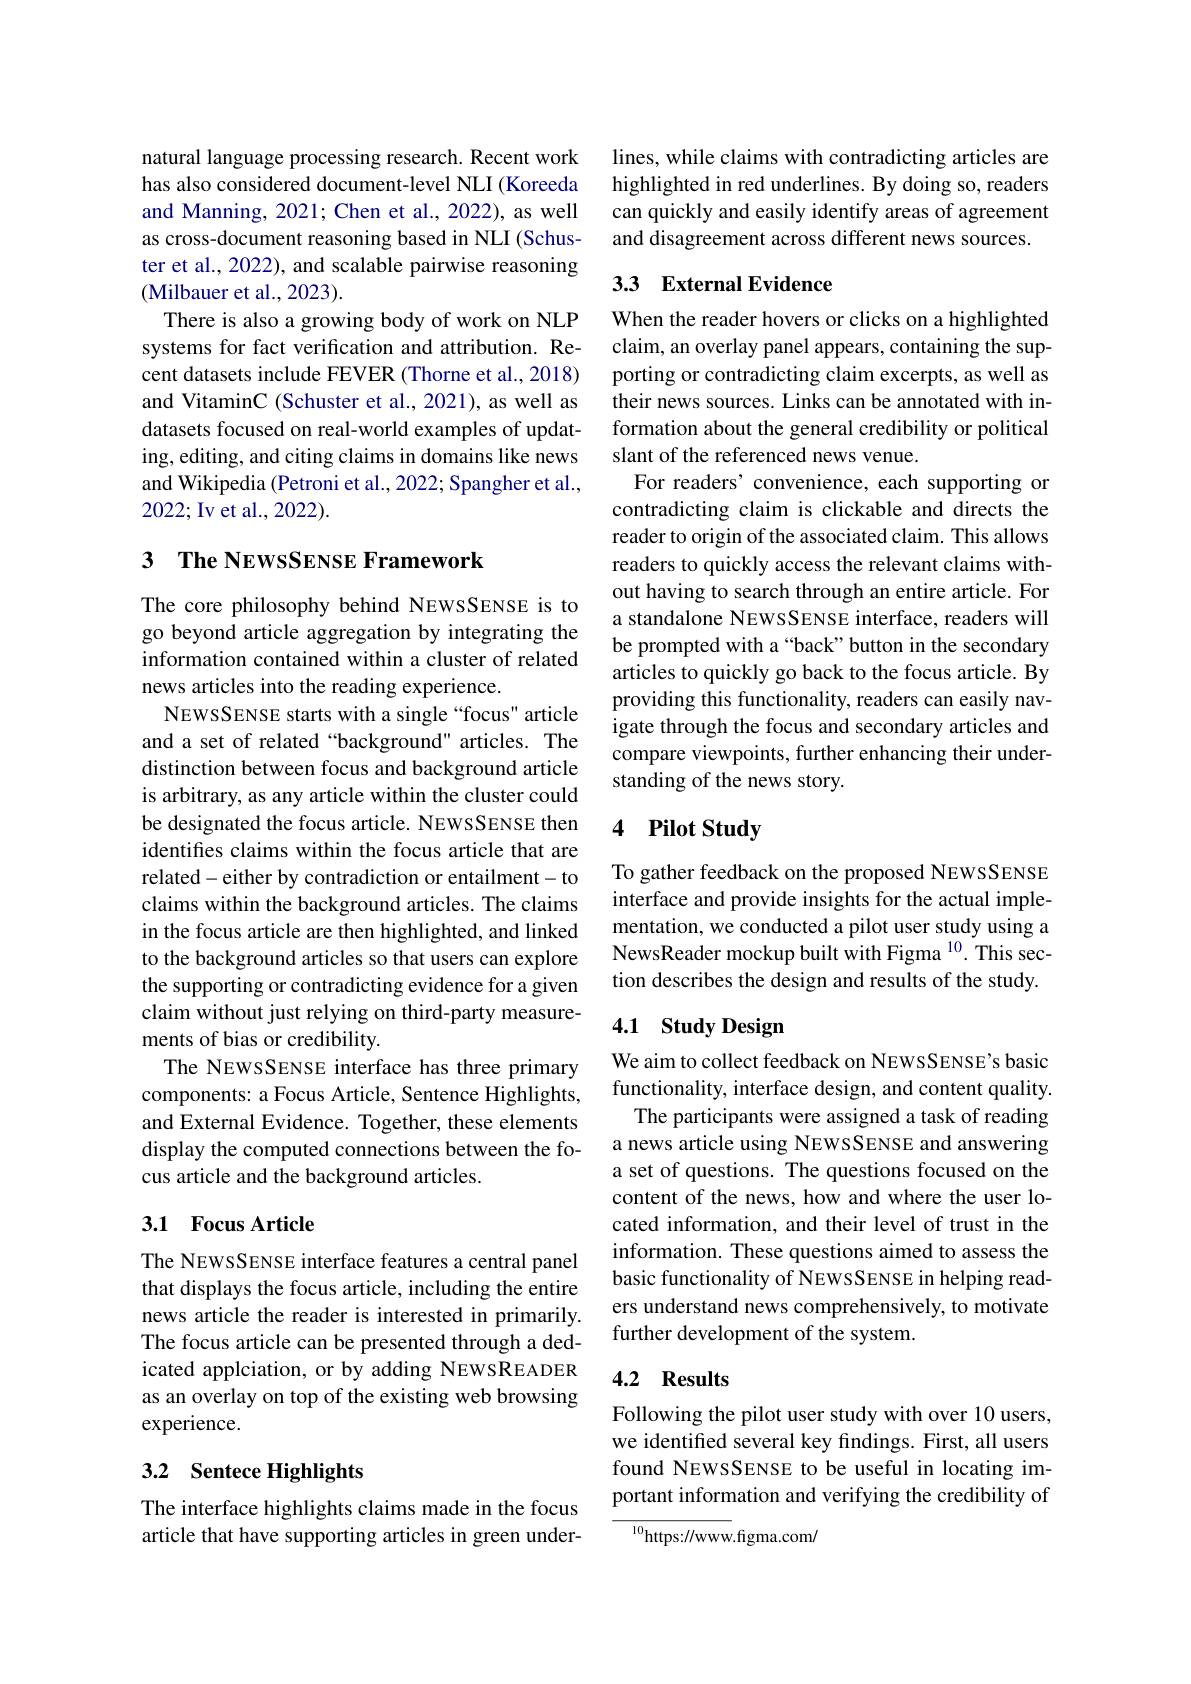
natural language processing research. Recent work has also considered document-level NLI (Koreeda and Manning, 2021; Chen et al., 2022), as well as cross-document reasoning based in NLI (Schuster et al., 2022), and scalable pairwise reasoning (Milbauer et al., 2023).
There is also a growing body of work on NLP systems for fact verification and attribution. Recent datasets include FEVER (Thorne et al., 2018) and VitaminC (Schuster et al., 2021), as well as datasets focused on real-world examples of updating, editing, and citing claims in domains like news and Wikipedia (Petroni et al., 2022; Spangher et al., 2022; Iv et al., 2022).

## 3 $\textbf{The NEWSSENSE Framework}$

The core philosophy behind NEWSSENSE is to go beyond article aggregation by integrating the information contained within a cluster of related news articles into the reading experience.
NEWSSENSE starts with a single“focus" article and a set of related “background" articles. The distinction between focus and background article is arbitrary, as any article within the cluster could be designated the focus article. NEWSSENSE then identifies claims within the focus article that are related-either by contradiction or entailment-to claims within the background articles. The claims in the focus article are then highlighted, and linked to the background articles so that users can explore the supporting or contradicting evidence for a given claim without just relying on third-party measurements of bias or credibility.
The NEWSSENSE interface has three primary components: a Focus Article, Sentence Highlights, and External Evidence. Together, these elements display the computed connections between the focus article and the background articles.

## 3.1 Focus Article

The NEWSSENSE interface features a central panel that displays the focus article, including the entire news article the reader is interested in primarily. The focus article can be presented through a dedicated applciation, or by adding NEWSREADER as an overlay on top of the existing web browsing experience.

## 3.2 Sentece Highlights

The interface highlights claims made in the focus article that have supporting articles in green under-

lines, while claims with contradicting articles are highlighted in red underlines. By doing so, readers can quickly and easily identify areas of agreement and disagreement across different news sources.

## 3.3 External Evidence

When the reader hovers or clicks on a highlighted claim, an overlay panel appears, containing the supporting or contradicting claim excerpts, as well as their news sources. Links can be annotated with information about the general credibility or political slant of the referenced news venue.
For readers' convenience, each supporting or contradicting claim is clickable and directs the reader to origin of the associated claim. This allows readers to quickly access the relevant claims without having to search through an entire article. For a standalone NEWSSENSE interface, readers will be prompted with a “back”button in the secondary articles to quickly go back to the focus article. By providing this functionality, readers can easily navigate through the focus and secondary articles and compare viewpoints, further enhancing their understanding of the news story.

### 4 $\textbf{Pilot Study}$

To gather feedback on the proposed NEWSSENSE interface and provide insights for the actual implementation, we conducted a pilot user study using a NewsReader mockup built with Figma $^{10}.$ This section describes the design and results of the study.

## 4.1 Study Design

We aim to collect feedback on NEWSSENSE's basic functionality, interface design, and content quality. The participants were assigned a task of reading
a news article using NEWSSENSE and answering a set of questions. The questions focused on the content of the news, how and where the user located information, and their level of trust in the information. These questions aimed to assess the basic functionality of NEWSSENSE in helping readers understand news comprehensively, to motivate further development of the system.

## 4.2 Results

Following the pilot user study with over 10 users, we identified several key findings. First, all users found NEWSSENSE to be useful in locating important information and verifying the credibility of

$^{10}$https://www.figma.com/